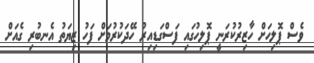
ވެސް ޕޮލިހަށް ހާޒިރުކުރަނީ ޕޮލިހުގައި ފަސްގަޑިއިރު ހޭދަކުރުމަށް ފަހު ޒިޔަތު އެނބުރި ގެއަށް